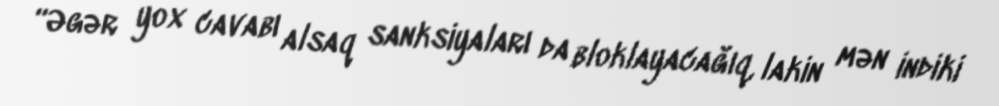
“Əgər yox cavabı alsaq sanksiyaları da bloklayacağıq, lakin mən indiki